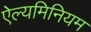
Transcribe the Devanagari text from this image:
ऐल्यमिनियम